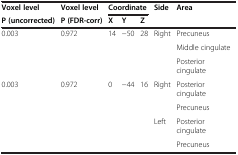
<table><thead><tr><td><b>Voxel level</b></td><td><b>Voxel level</b></td><td colspan="3"><b>Coordinate</b></td><td><b>Side</b></td><td><b>Area</b></td></tr><tr><td><b>P (uncorrected)</b></td><td><b>P (FDR-corr)</b></td><td><b>X</b></td><td><b>Y</b></td><td><b>Z</b></td><td><b> </b></td><td><b> </b></td></tr></thead><tbody><tr><td>0.003</td><td>0.972</td><td>14</td><td>-50</td><td>28</td><td>Right</td><td>Precuneus</td></tr><tr><td> </td><td> </td><td> </td><td> </td><td> </td><td> </td><td>Middle cingulate</td></tr><tr><td> </td><td> </td><td> </td><td> </td><td> </td><td> </td><td>Posterior cingulate</td></tr><tr><td>0.003</td><td>0.972</td><td>0</td><td>-44</td><td>16</td><td>Right</td><td>Posterior cingulate</td></tr><tr><td> </td><td> </td><td> </td><td> </td><td> </td><td> </td><td>Precuneus</td></tr><tr><td> </td><td> </td><td> </td><td> </td><td> </td><td>Left</td><td>Posterior cingulate</td></tr><tr><td> </td><td> </td><td> </td><td> </td><td> </td><td> </td><td>Precuneus</td></tr></tbody></table>